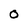
Character: 0